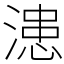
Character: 漶